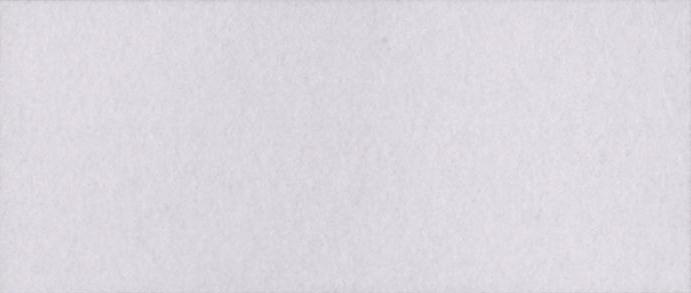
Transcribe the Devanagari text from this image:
कर्मठ